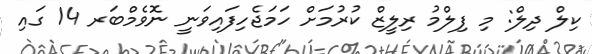
ކިލް ދިލް: މި ފިލްމު ރިލީޒް ކުރުމަށް ހަމަޖެހިފައިވަނީ ނޮވެމްބަރ 14 ގައި